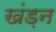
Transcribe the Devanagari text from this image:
खंड़न